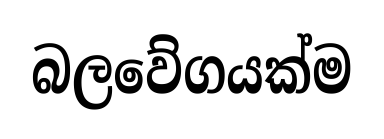
බලවේගයක්ම